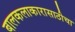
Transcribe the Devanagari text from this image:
बालकलाकारासाठीचा